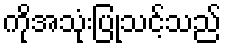
ကိုအသုံးပြုသင့်သည်